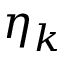
\eta _ { k }